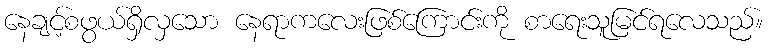
နေချင့်စဖွယ်ရှိလှသော နေရာကလေးဖြစ်ကြောင်းကို စာရေးသူမြင်ရလေသည်။